Vaccination in Burma 1889-1999 - 1889-1999
Year: 1889
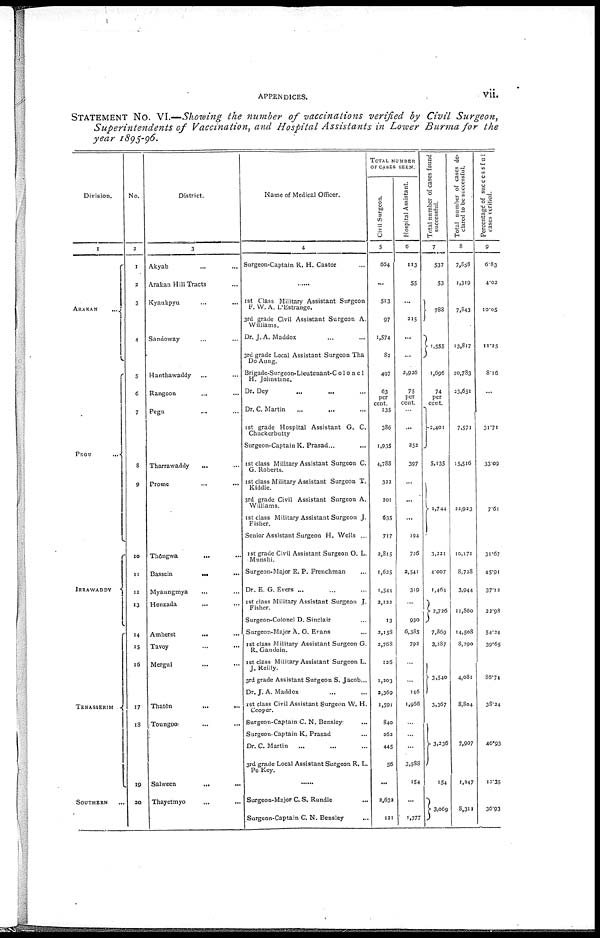
APPENDICES.
vii.
STATEMENT NO. VI.—Showing the number of vaccinations verified by Civil
Surgeon,
Superintendents
of Vaccination, and Hospital Assistants in Lower Burma for the
year 1895-96.
Division.
1
ARAKAN
...
PEGU
...
IRRAWADDY
TENASSERIM
SOUTHERN ...
No.
2
1
2
3
4
5
6
7
8
9
10
11
12
13
14
15
16
17
18
19
20
District.
3
Akyab ... ...
Arakan Hill Tracts ... ...
Kyaukpyu ... ...
Sandoway ... ...
Hanthawaddy ... ...
Rangoon ... ...
Pegu ... ...
Tharrawaddy ... ...
Prome
...
...
Thongwa
...
...
Bassein
...
...
Myaungmya ... ...
Henzada ... ...
Amherst
...
...
Tavoy ... ...
Mergui ... ...
Thatôn ... ...
Toungoo
...
...
Salween
...
...
Thayetmyo ... ...
Name of Medical Officer.
4
Surgeon-Captain R. H. Castor ...
......
1st Class Military Assistant Surgeon
F. W. A. P Estrange.
3rd grade Civil Assistant Surgeon A.
Williams.
Dr. J. A. Maddox ... ...
3rd grade Local Assistant Surgeon Tha
Do Aung.
Brigade-Surgeon-Lieutenant-Co1onc1
H. Johnstone.
Dr. Dey ... ...
Dr. C. Martin
...
...
...
1st grade Hospital Assistant G. C.
Chuckerbutty
Surgeon-Captain K. Prasad... ...
1st class Military Assistant Surgeon C.
G. Roberts.
1st class Military Assistant Surgeon T.
Kiddle.
3rd grade Civil Assistant Surgeon A.
Williams.
1st class Military Assistant Surgeon J.
Fisher.
Senior Assistant Surgeon H. Wells ...
1st grade Civil Assistant Surgeon O. L.
Munshi.
Surgeon-Major E. P. Frenchman ...
Dr. E. G. Evers ... ...
1st class Military Assistant Surgeon J.
Fisher.
Surgeon-Colonel D. Sinclair ...
Surgeon-Major A. O. Evans ...
1st class Military Assistant Surgeon G.
R. Gaudoin.
1st class Military Assistant Surgeon L.
J. Reilly.
3rd grade Assistant Surgeon S. Jacob...
Dr. J. A. Maddox ... ...
1st class Civil Assistant Surgeon W. H.
Cooper.
Surgeon-Captain C. N. Bensley ...
Surgeon-Captain K. Prasad ...
Dr. C. Martin
... ... ...
3rd grade Local Assistant Surgeon R. L.
PoKey.
......
Surgeon-Major C. S. Rundle project requirment
Surgeon-Captain C. N. Bensley ...
TOTAL NUMBER
OF CASES SEEN.
Civil Surgeon.
5
664
...
513
97
1,574
82
497
63
per
cent.
235
386
1,935
4,788
322
201
635
717
2,815
1,625
1,544
2,122
13
2,158
2,768
126
1,203
2,369
1,591
840
262
445
56
...
2,632
121
Hospital Assistant.
6
113
55
...
215
...
...
2,926
75
per
cent.
...
...
252
397
...
...
...
194
726
3,541
319
...
930
6,385
792
...
...
146
1,966
...
...
...
3,588
154
...
1,377
Total number of cases found
successful.
7
537
53
788
1,555
1,696
74
per
cent
2,401
5,135
1,744
3,221
4.007
1,464
2,726
7,869
3,287
3,540
3,367
3,236
154
3,069
Total number of cases de-
clared to be successful.
8
7,858
1,319
7,843
13,817
20,783
23,651
7,571
15,516
22,923
10,171
8,728
3,944
11,860
14,508
8,290
4,081
8,804
7,907
1,247
8,311
Percentage of successfu1
cases verified.
9
6.83
4.02
10.05
11.25
8.16
...
31.71
33.09
7.61
31.67
45.91
37.12
22.98
54.24
39.65
86.74
38.24
40.93
12.35
36.93